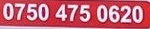
0750 475 0620